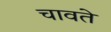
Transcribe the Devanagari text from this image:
चावते